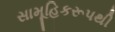
સામૂહિકરૂપથી